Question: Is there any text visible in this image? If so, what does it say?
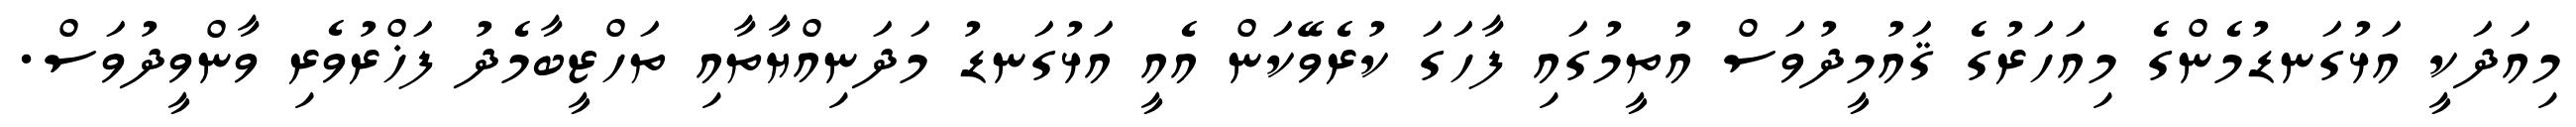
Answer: މިއަދަކީ އަޅުގަނޑުމެންގެ މިއަހަރުގެ ޤައުމީދުވަސް އުތީމުގައި ފާހަގަ ކުރެވޭކަން އެއީ އަޅުގަނޑު މަދަނިއްޔާތާއި ތަހްޒީބާމެދު ފަޚްރުވެރި ވާންވީދުވަސް.